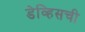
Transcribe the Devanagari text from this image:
डेव्हिसची